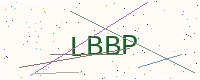
Text: LBBP